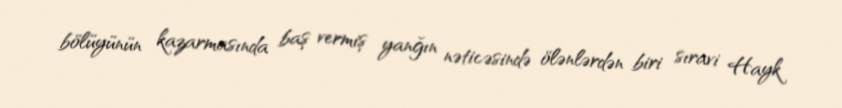
bölüyünün kazarmasında baş vermiş yanğın nəticəsində ölənlərdən biri sıravi Hayk